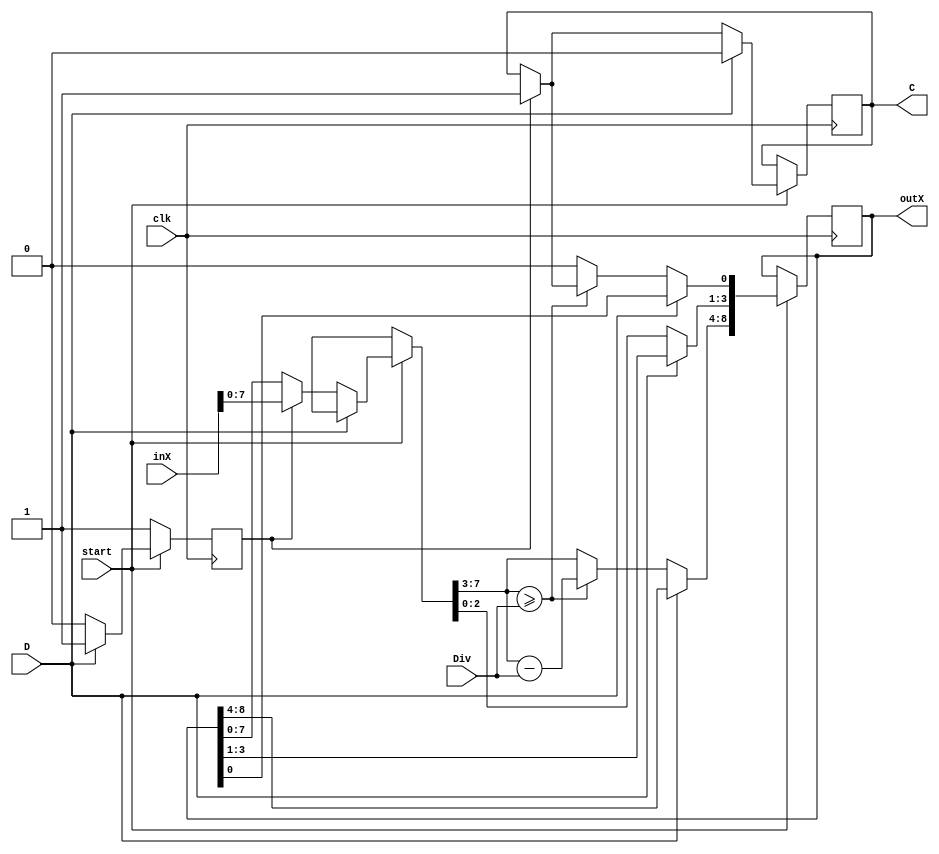
//Subtractor with Div Reg, hybrid
module subtractor(inX, Div, outX, C, clk, D, start);

    //Inputs
    input [8:0] inX;
    input [3:0] Div;
    input clk;
    input D;
    input start;

    //Output Registers
    output reg [8:0] outX;
    output reg C;

    //Registers
    reg clr = 1;

    //Logic Circuits
    always @(posedge clk) begin
        if (start) begin    
            if (~D) begin
                if (clr) begin
                    outX = inX;
                    clr = 0;
                    C = 1;
                end 

                outX = outX << 1; //Shifting the bits

                if (outX[8:4] >= Div) begin
                    outX[8:4] = outX[8:4] - Div;
                    outX[0] = C;
                end
            end
            if(D) begin
                C = 0;
                clr = 1;
            end
        end 
        else begin
            clr = 1;
        end
    end
endmodule